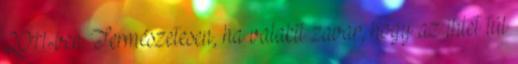
2011-ben. Természetesen, ha valakit zavar, hogy az ihlet túl